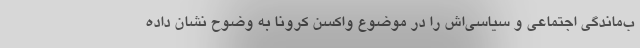
ب‌ماندگی اجتماعی و سیاسی‌اش را در موضوع واکسن کرونا به وضوح نشان داده